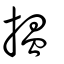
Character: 揾